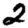
Digit: 2